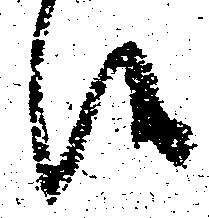
候